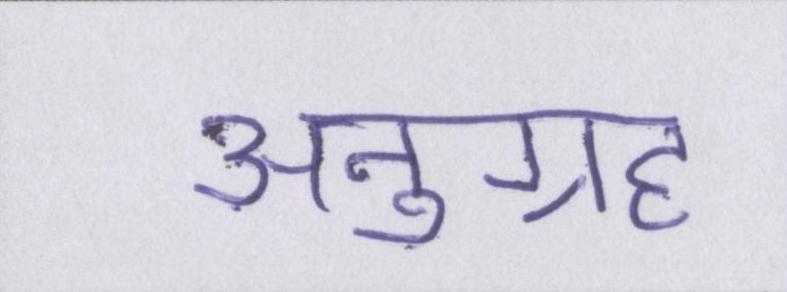
अनुग्रह